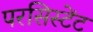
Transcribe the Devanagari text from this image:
परसिस्टेंट